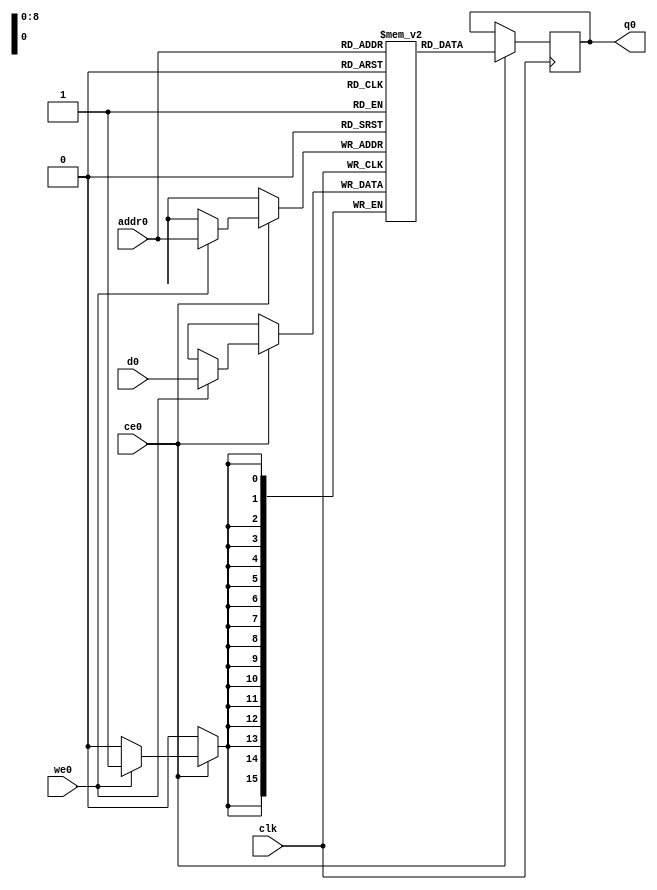
// ==============================================================
// Vivado(TM) HLS - High-Level Synthesis from C, C++ and SystemC v2019.2 (64-bit)
// Copyright 1986-2019 Xilinx, Inc. All Rights Reserved.
// ==============================================================
`timescale 1 ns / 1 ps
module pooling2d_cl_ss_ap_fixed_ap_fixed_16_4_4_1_0_config8_s_melbW_ram (addr0, ce0, d0, we0, q0,  clk);

parameter DWIDTH = 16;
parameter AWIDTH = 9;
parameter MEM_SIZE = 512;

input[AWIDTH-1:0] addr0;
input ce0;
input[DWIDTH-1:0] d0;
input we0;
output reg[DWIDTH-1:0] q0;
input clk;

(* ram_style = "block" *)reg [DWIDTH-1:0] ram[0:MEM_SIZE-1];




always @(posedge clk)  
begin 
    if (ce0) begin
        if (we0) 
            ram[addr0] <= d0; 
        q0 <= ram[addr0];
    end
end


endmodule

`timescale 1 ns / 1 ps
module pooling2d_cl_ss_ap_fixed_ap_fixed_16_4_4_1_0_config8_s_melbW(
    reset,
    clk,
    address0,
    ce0,
    we0,
    d0,
    q0);

parameter DataWidth = 32'd16;
parameter AddressRange = 32'd512;
parameter AddressWidth = 32'd9;
input reset;
input clk;
input[AddressWidth - 1:0] address0;
input ce0;
input we0;
input[DataWidth - 1:0] d0;
output[DataWidth - 1:0] q0;



pooling2d_cl_ss_ap_fixed_ap_fixed_16_4_4_1_0_config8_s_melbW_ram pooling2d_cl_ss_ap_fixed_ap_fixed_16_4_4_1_0_config8_s_melbW_ram_U(
    .clk( clk ),
    .addr0( address0 ),
    .ce0( ce0 ),
    .we0( we0 ),
    .d0( d0 ),
    .q0( q0 ));

endmodule